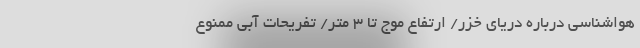
هواشناسی درباره دریای خزر/ ارتفاع موج تا ۳ متر/ تفریحات آبی ممنوع